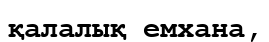
қалалық емхана,